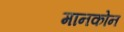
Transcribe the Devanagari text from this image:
मानकोन